65_HS1-834228961_62-HQ-83894_Section_3
Agency: FBI
Page 33
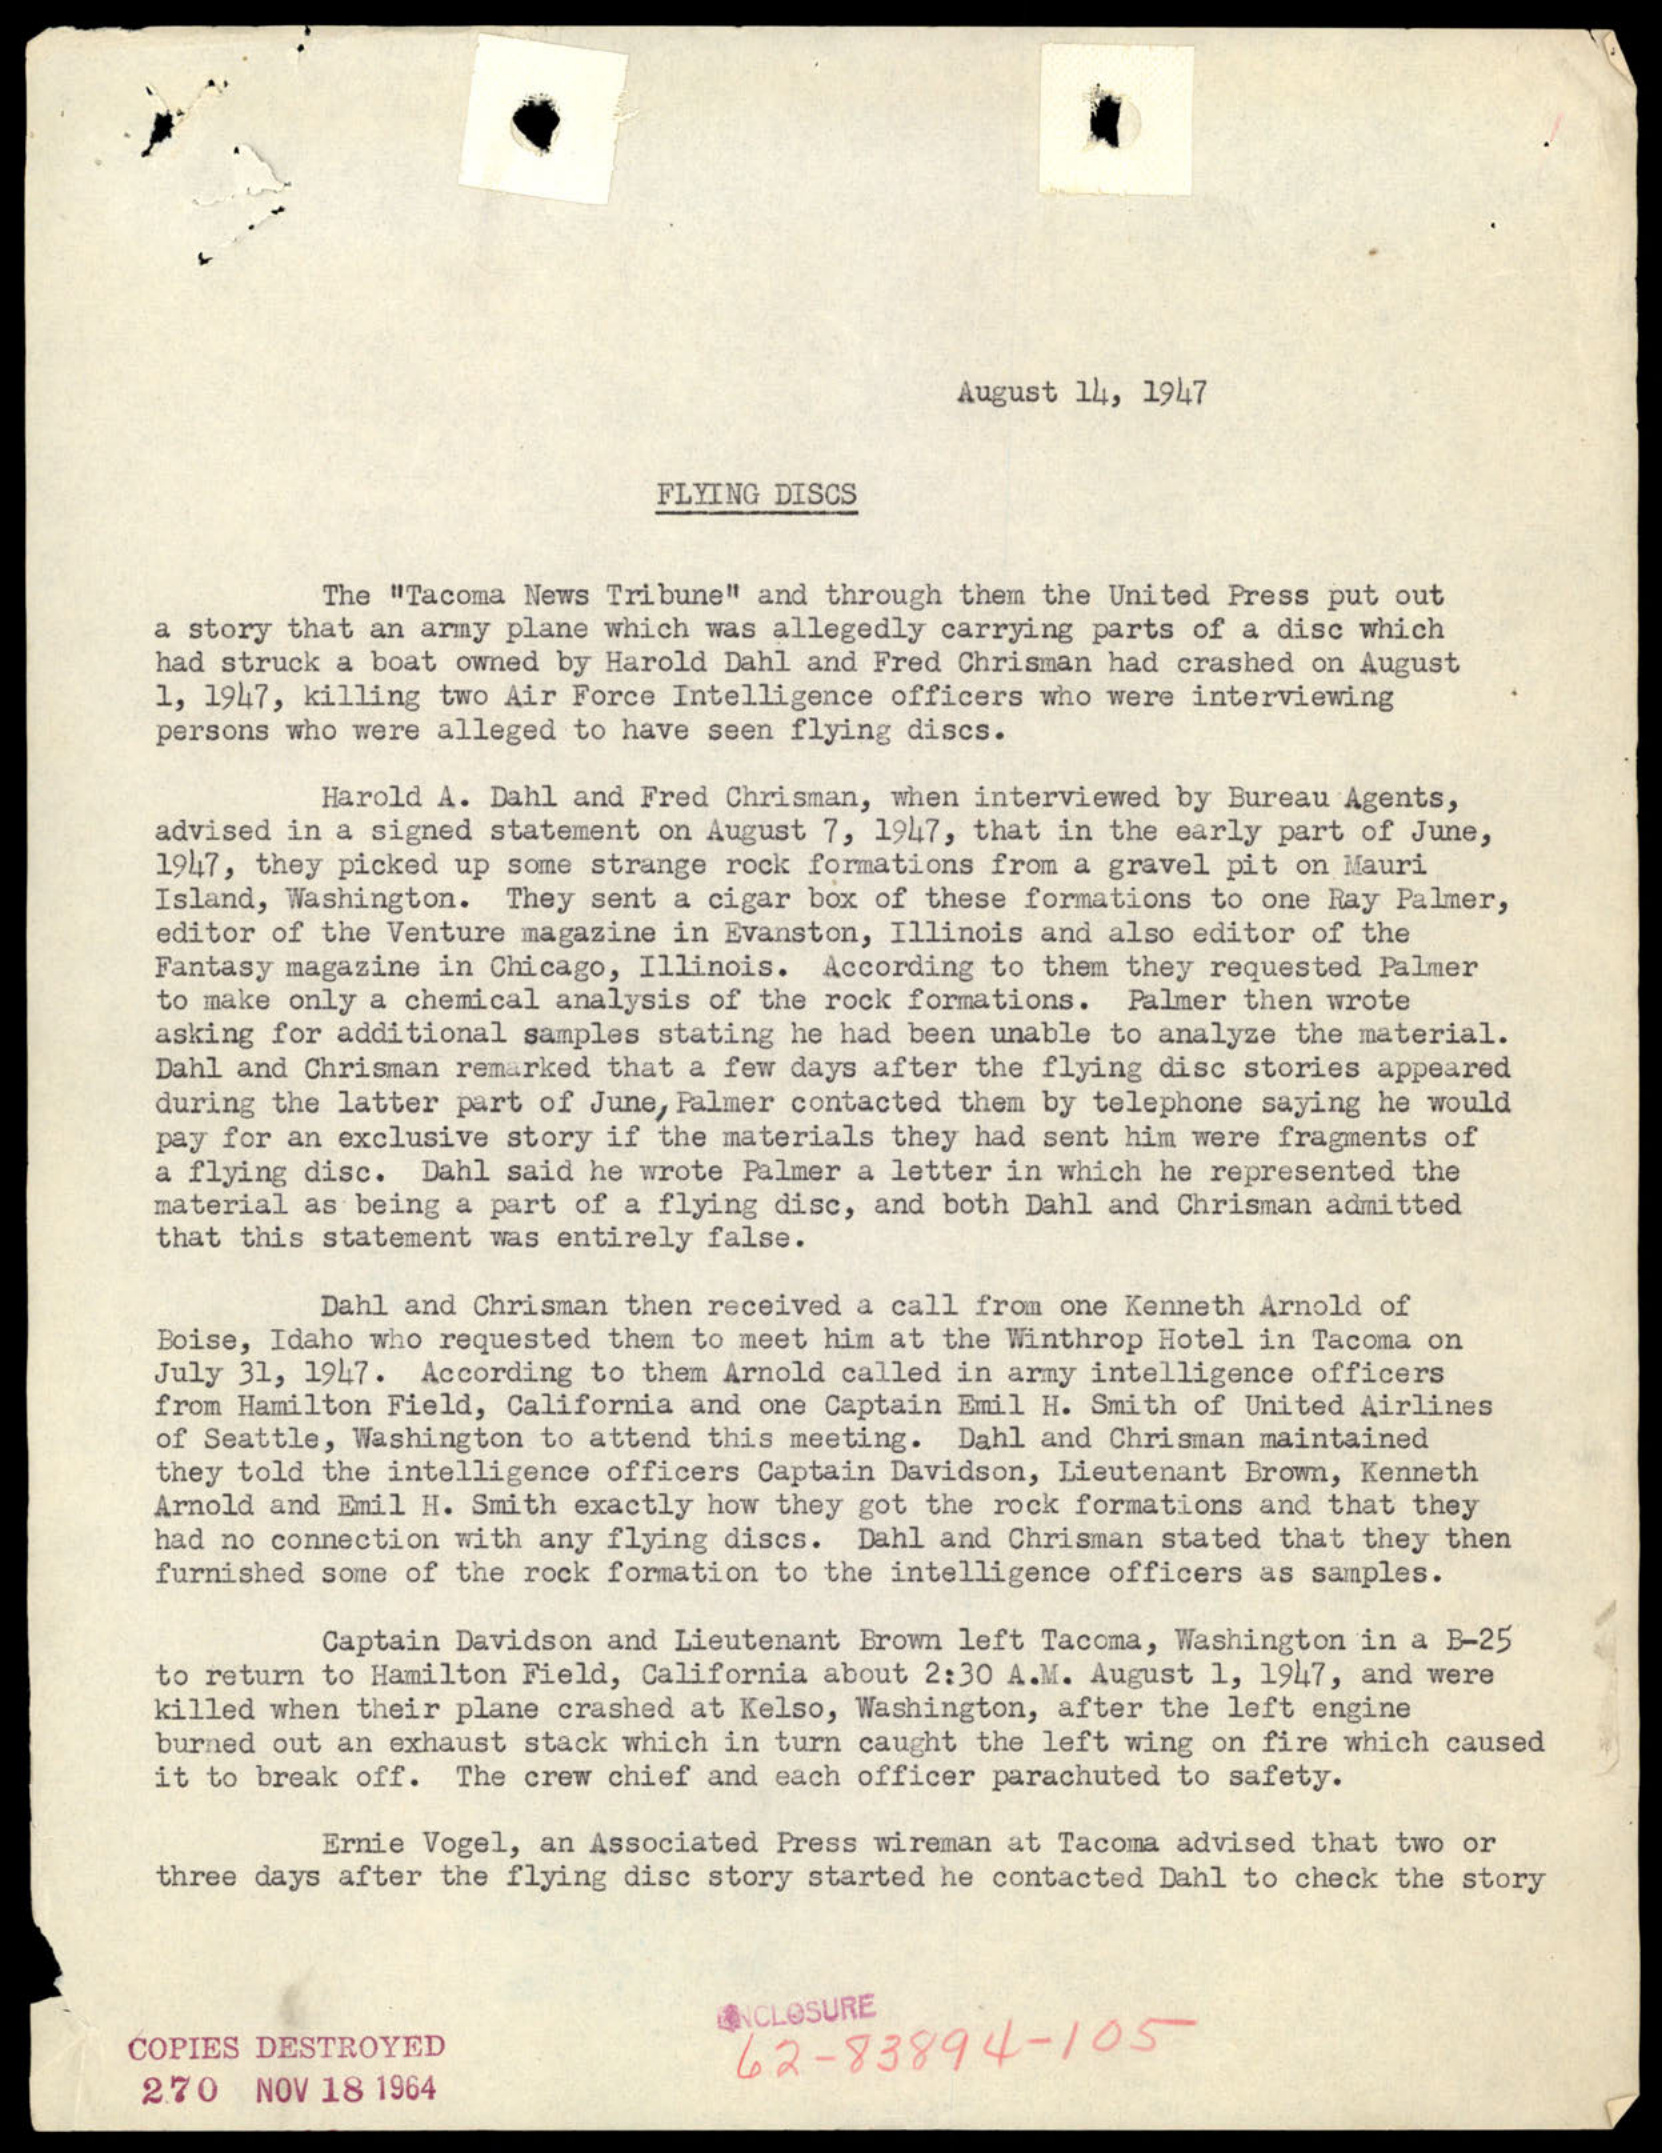